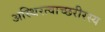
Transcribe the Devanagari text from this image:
अस्थिरत्वाच्छरीरस्य